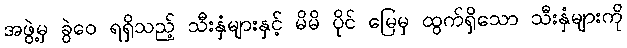
အဖွဲ့မှ ခွဲဝေ ရရှိသည့် သီးနှံများနှင့် မိမိ ပိုင် မြေမှ ထွက်ရှိသော သီးနှံများကို